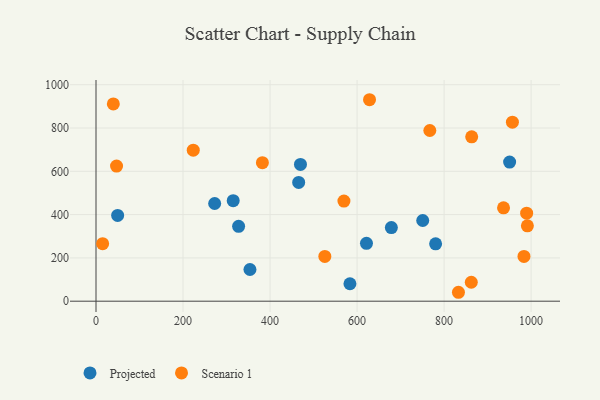
{"axis": {"x": "Distance", "y": "Fuel Efficiency"}, "legend": ["Projected", "Scenario 1"], "data": [{"x": "678.8", "y": 340.1, "type": "Projected"}, {"x": "750.9", "y": 372.7, "type": "Projected"}, {"x": "583.6", "y": 80.5, "type": "Projected"}, {"x": "780.5", "y": 265.2, "type": "Projected"}, {"x": "469.9", "y": 631.8, "type": "Projected"}, {"x": "49.7", "y": 396.0, "type": "Projected"}, {"x": "272.7", "y": 451.3, "type": "Projected"}, {"x": "327.7", "y": 345.8, "type": "Projected"}, {"x": "315.3", "y": 464.5, "type": "Projected"}, {"x": "465.8", "y": 548.6, "type": "Projected"}, {"x": "950.6", "y": 642.6, "type": "Projected"}, {"x": "353.8", "y": 146.3, "type": "Projected"}, {"x": "621.6", "y": 267.5, "type": "Projected"}, {"x": "936.6", "y": 431.3, "type": "Scenario 1"}, {"x": "983.6", "y": 206.7, "type": "Scenario 1"}, {"x": "628.6", "y": 930.7, "type": "Scenario 1"}, {"x": "15.2", "y": 265.5, "type": "Scenario 1"}, {"x": "223.5", "y": 697.8, "type": "Scenario 1"}, {"x": "47.2", "y": 624.1, "type": "Scenario 1"}, {"x": "862.5", "y": 87.6, "type": "Scenario 1"}, {"x": "382.4", "y": 640.0, "type": "Scenario 1"}, {"x": "39.8", "y": 911.3, "type": "Scenario 1"}, {"x": "833.0", "y": 41.2, "type": "Scenario 1"}, {"x": "991.4", "y": 348.2, "type": "Scenario 1"}, {"x": "989.7", "y": 406.6, "type": "Scenario 1"}, {"x": "863.4", "y": 759.5, "type": "Scenario 1"}, {"x": "767.2", "y": 788.5, "type": "Scenario 1"}, {"x": "569.8", "y": 462.6, "type": "Scenario 1"}, {"x": "957.0", "y": 826.9, "type": "Scenario 1"}, {"x": "525.9", "y": 206.9, "type": "Scenario 1"}]}